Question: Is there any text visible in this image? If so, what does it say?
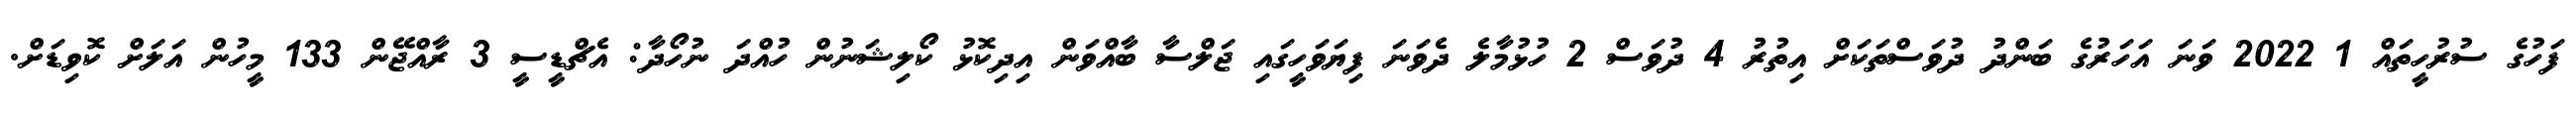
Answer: ފަހުގެ ސުރުހީތައް 1 2022 ވަނަ އަހަރުގެ ބަންދު ދުވަސްތަކަށް އިތުރު 4 ދުވަސް 2 ހުޅުމާލެ ދެވަނަ ފިޔަވަހީގައި ޖަލްސާ ބާއްވަން އިދިކޮޅު ކޯލިޝަނުން ހުއްދަ ނުހޯދާ: އެޗްޑީސީ 3 ރާއްޖޭން 133 މީހުން އަލަށް ކޮވިޑަށް.